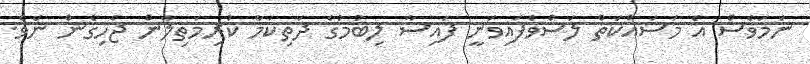
ނަމަވެސް އެ މަސައްކަތް ލަސްވެފައިވަނީ ފައިސާ ލިބުމުގެ ދަތިކަމާ ކުރިމަތިލާން ޖެހިގެން ނެވެ.